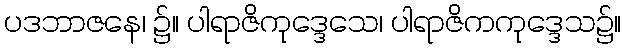
ပဒဘာဇနေ၊ ၌။ ပါရာဇိကုဒ္ဒေသေ၊ ပါရာဇိကကုဒ္ဒေသ၌။